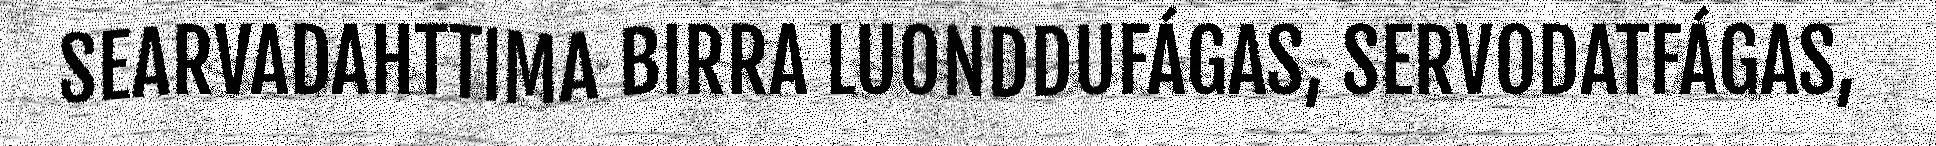
SEARVADAHTTIMA BIRRA LUONDDUFÁGAS, SERVODATFÁGAS,